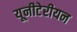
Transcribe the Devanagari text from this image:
यूनीटेरीयन